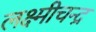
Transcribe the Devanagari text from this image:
लक्ष्मीचन्द्र